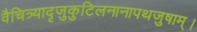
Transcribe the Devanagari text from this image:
वैचित्र्यादृजुकुटिलनानापथजुषाम्।